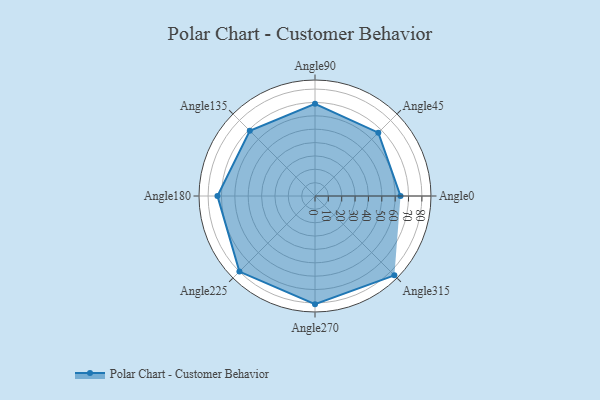
{"axis": {"x": "Angle", "y": "Radius"}, "legend": [""], "data": [{"x": "Angle0", "y": 64.0, "type": ""}, {"x": "Angle45", "y": 67.0, "type": ""}, {"x": "Angle90", "y": 69.0, "type": ""}, {"x": "Angle135", "y": 69.0, "type": ""}, {"x": "Angle180", "y": 73.0, "type": ""}, {"x": "Angle225", "y": 80.0, "type": ""}, {"x": "Angle270", "y": 81.0, "type": ""}, {"x": "Angle315", "y": 84.0, "type": ""}]}